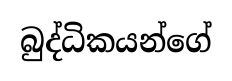
බුද්ධිකයන්ගේ